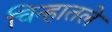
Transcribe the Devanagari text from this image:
चिन्हातले